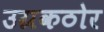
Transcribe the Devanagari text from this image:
उग्रकठोर